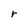
Character: r